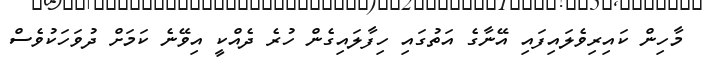
މާހިން ކައިރިވެލައިފައި އޭނާގެ އަތުގައި ހިފާލައިގެން ހުރެ ދެއްކީ އިވޭނެ ކަމަށް ދުވަހަކުވެސް